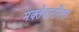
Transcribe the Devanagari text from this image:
मक्तेदारीला